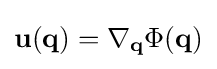
\mathbf {u} (\mathbf {q} )=\nabla _{\mathbf {q} }\Phi (\mathbf {q} )